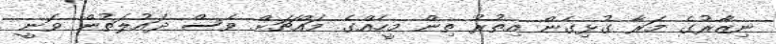
ނިޒާރުގެ މަރާ ގުޅިގެން އިތުރު ތިން މީހެއްގެ މައްޗަށް ވެސް ދައުލަތުން ވަނީ